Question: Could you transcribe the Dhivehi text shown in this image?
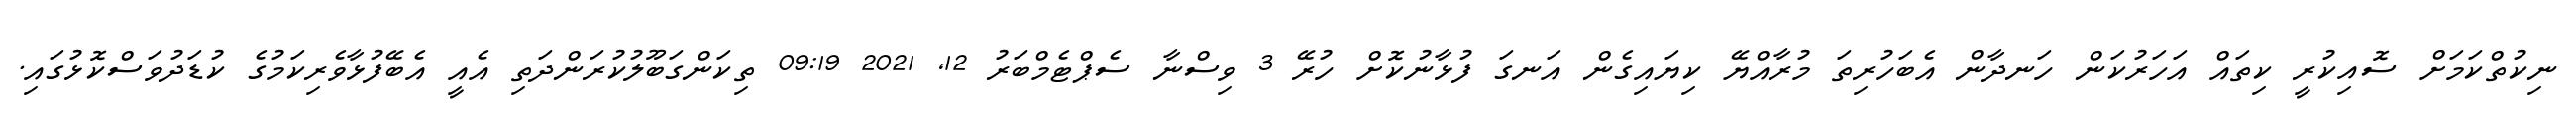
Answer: ނިކުތްކަމަށް ސޮއިކުރީ ކިތައް އަހަރުކަން ހަނދާން އެބަހުރިތަ މުރާއްޔޭ ކިޔައިގެން އަނގަ ފުޅާނުކޮށް ހުރޭ 3 ވިސްނާ ސެޕްޓެމްބަރު 12, 2021 09:19 ތިކަންގަބޫލުކުރަންދަތި އެއީ އެބޭފުޅާވެރިކަމުގެ ކުޑަދުވަސްކޮޅުގައި.